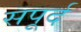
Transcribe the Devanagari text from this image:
सपूर्द